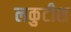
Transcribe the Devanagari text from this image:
लकुटीश